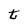
Character: t